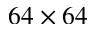
6 4 \times 6 4